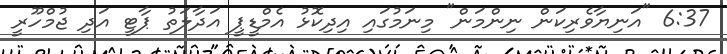
6:37 "އަނިޔާވެރިކަން ނިންމަން" މިނަމުގައި އިދިކޮޅު އެމްޑީޕީ އަދާލަތު ޕާޓީ އަދި ޖުމްހޫރީ